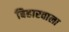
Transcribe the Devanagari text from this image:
बिहारवाला